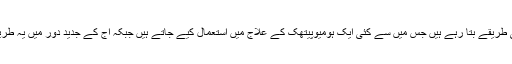
ہم یہاں آپ کو سر درد ختم کرنے کے 7 قدرتی طریقے بتا رہے ہیں جس میں سے کئی ایک ہومیوپیتھک کے علاج میں استعمال کیے جاتے ہیں جبکہ آج کے جدید دور میں یہ طریقہ امریکہ میں بھی استعمال کیے جا رہے ہیں۔